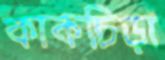
কাকচিড়া